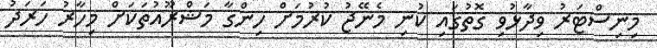
މިނިސްޓަރު ވިދާޅުވި ގޮތުގައި ކުނި މެނޭޖު ކުރުމަށް ހިންގާ މަޝްރޫއުތަކަށް މިހާރު ހަރަދު